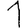
Digit: 1